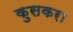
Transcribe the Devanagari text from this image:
कुसकरा